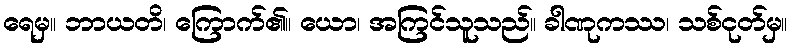
ရေမှ။ ဘာယတိ၊ ကြောက်၏။ ယော၊ အကြင်သူသည်။ ခါဏုကဿ၊ သစ်ငုတ်မှ။